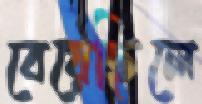
বেয়েছিলে